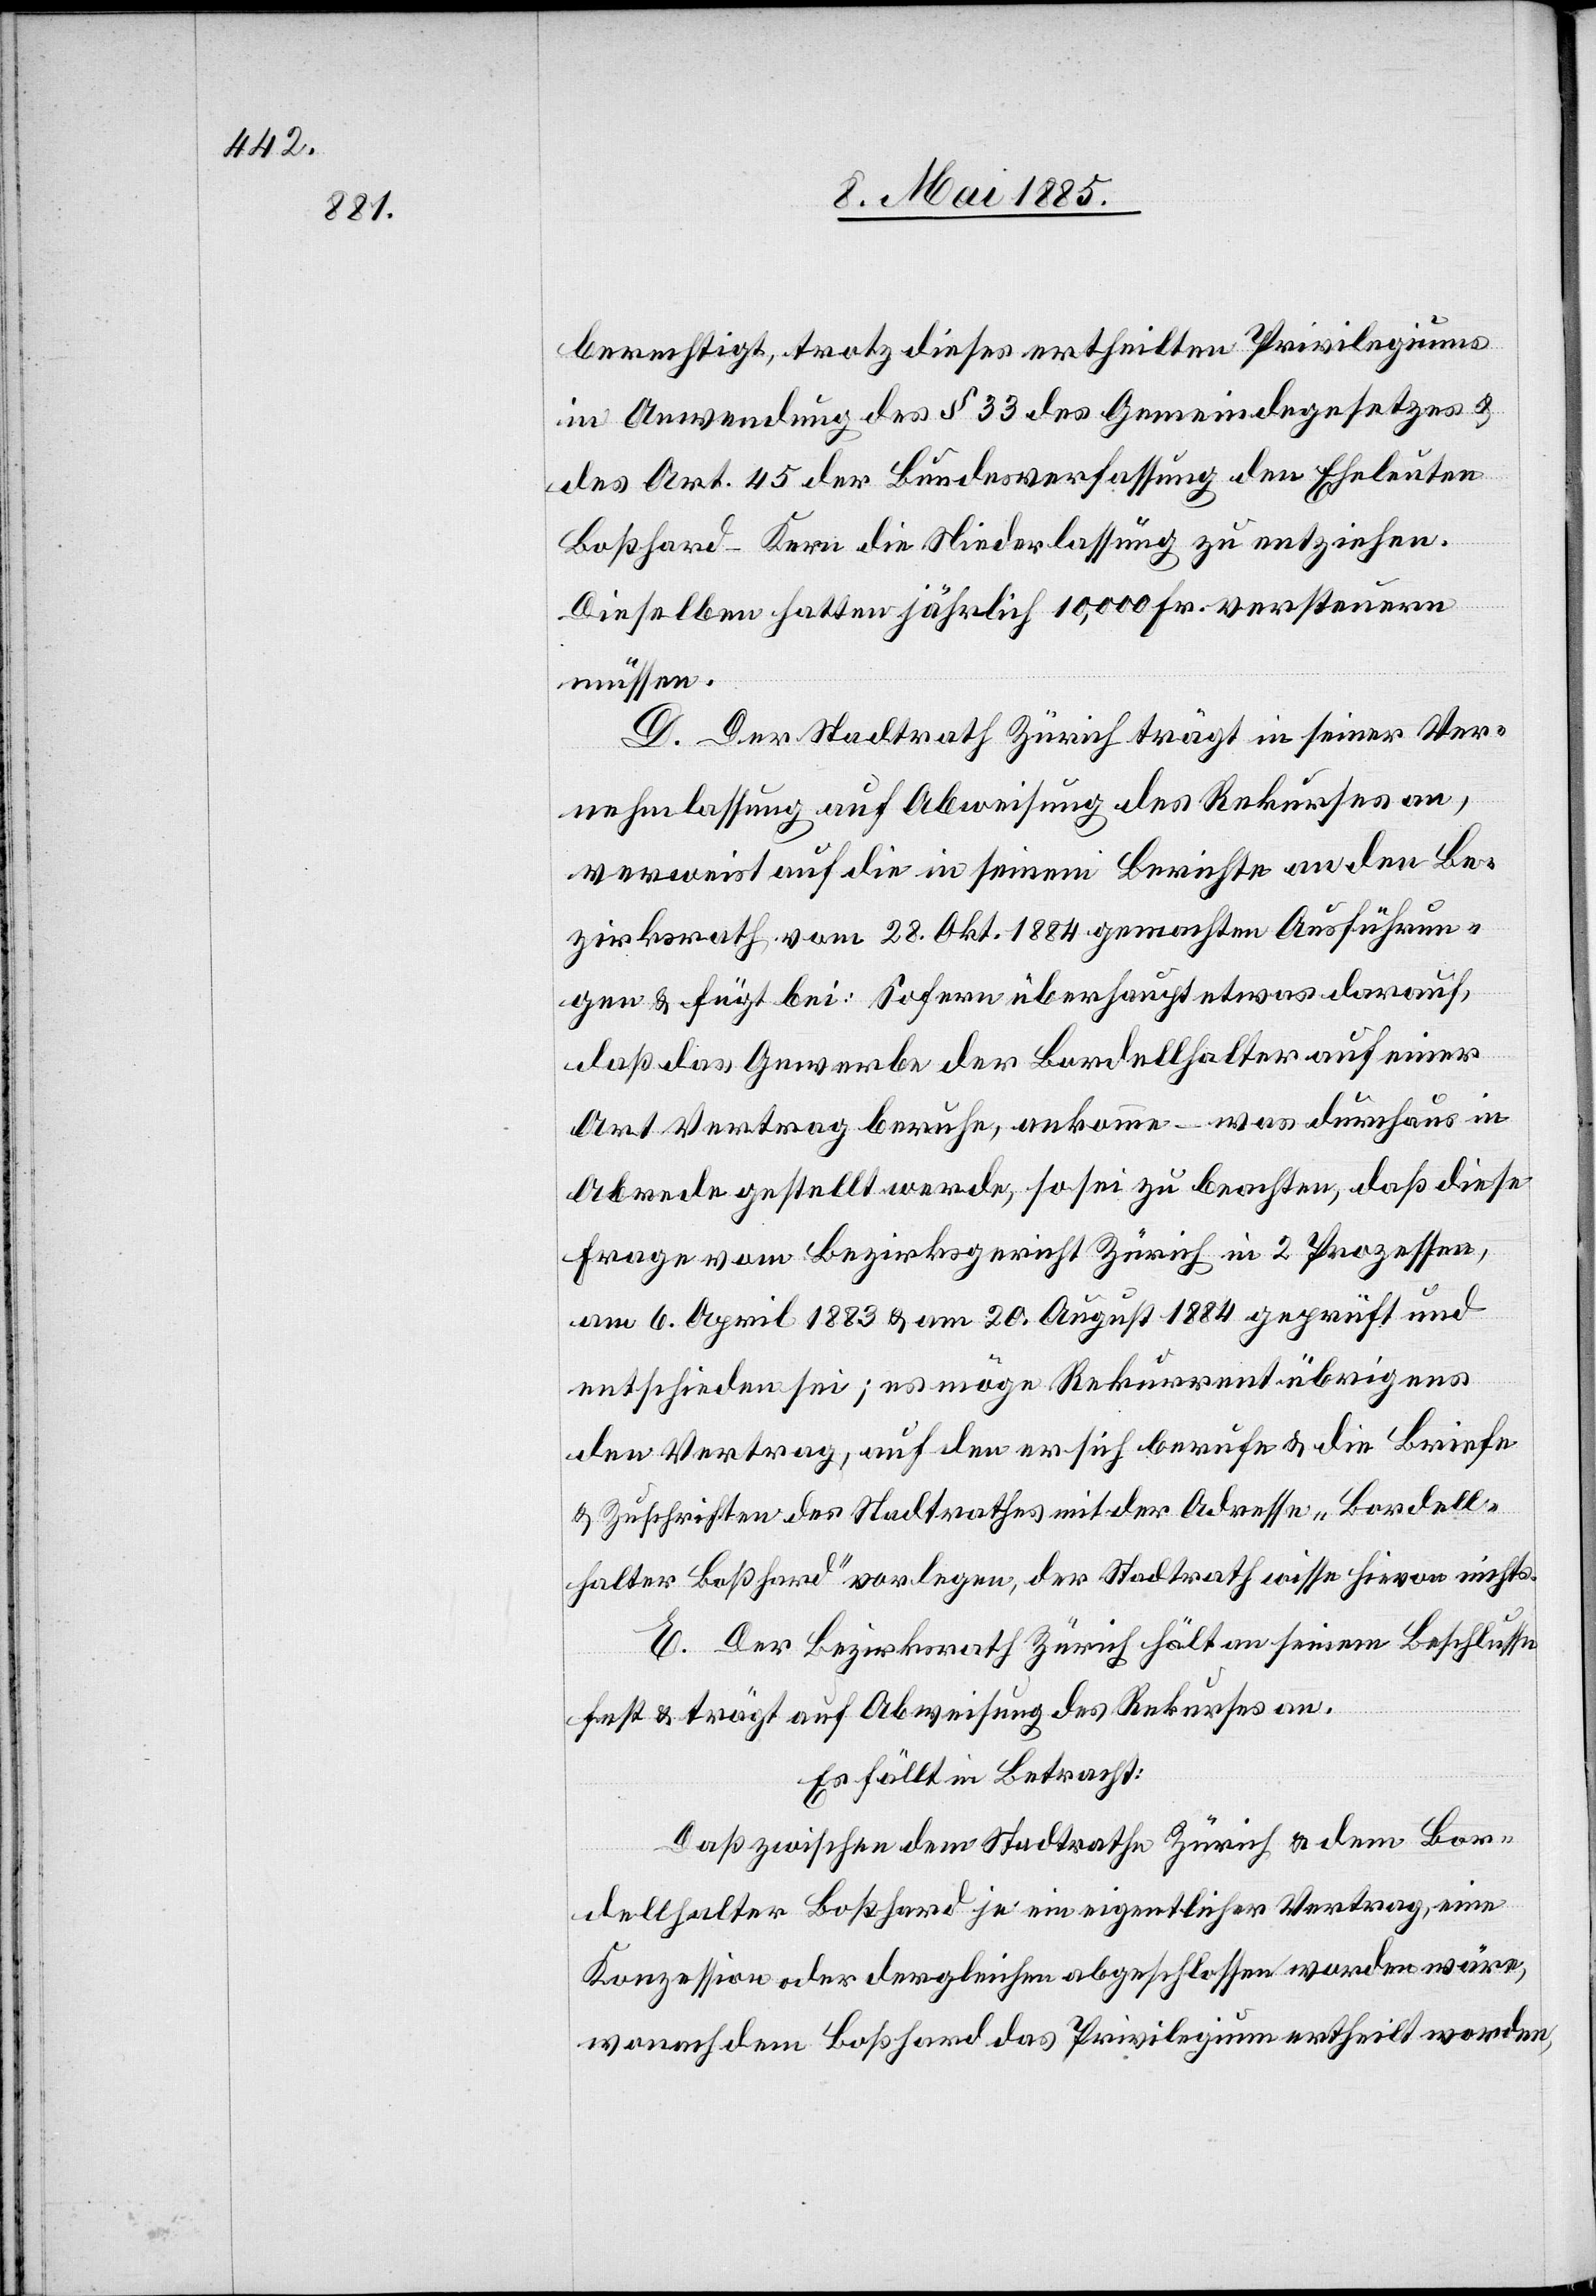
berechtigt, trotz dieses ertheilten Privilegiums
in Anwendung des § 33 des Gemeindegesetzes &
des Art. 15 der Bundesverfassung den Eheleuten
Boßhard-Kern die Niederlassung zu entziehen.
Dieselben hatten jährlich 10,000 Fr. versteuern
müssen.
D. Der Stadtrath Zürich trägt in seiner Ver¬
nehmlassung auf Abweisung des Rekurses an,
verweist auf die in seinem Berichte an den Be¬
zirksrath vom 28. Okt. 1884 gemachten Ausführun¬
gen & fügt bei: Sofern überhaupt etwas darauf,
daß das Gewerbe der Bordellhalter auf einer
Art Vertrag beruhe, ankomme – was durchaus in
Abrede gestellt werde, so sei zu beachten, daß diese
Frage vom Bezirksgericht Zürich in 2 Prozessen,
am 6. April 1883 & am 20. August 1884 geprüft und
entschieden sei; es möge Rekurrent übrigens
den Vertrag, auf den er sich berufe & die Briefe
& Zuschriften des Stadtrathes mit der Adresse „Bordell¬
halter Boßhard“ vorlegen, der Stadtrath wisse hievon nichts.
E. Der Bezirksrath Zürich hält an seinem Beschlusse
fest & trägt auf Abweisung des Rekurses an.
Es fällt in Betracht:
Daß zwischen dem Stadtrathe Zürich & dem Bor¬
dellhalter Boßhard je ein eigenartlicher Vertrag, eine
Konzession oder dergleichen abgeschlossen worden wäre,
wonach dem Boßhard das Privilegium ertheilt worden,